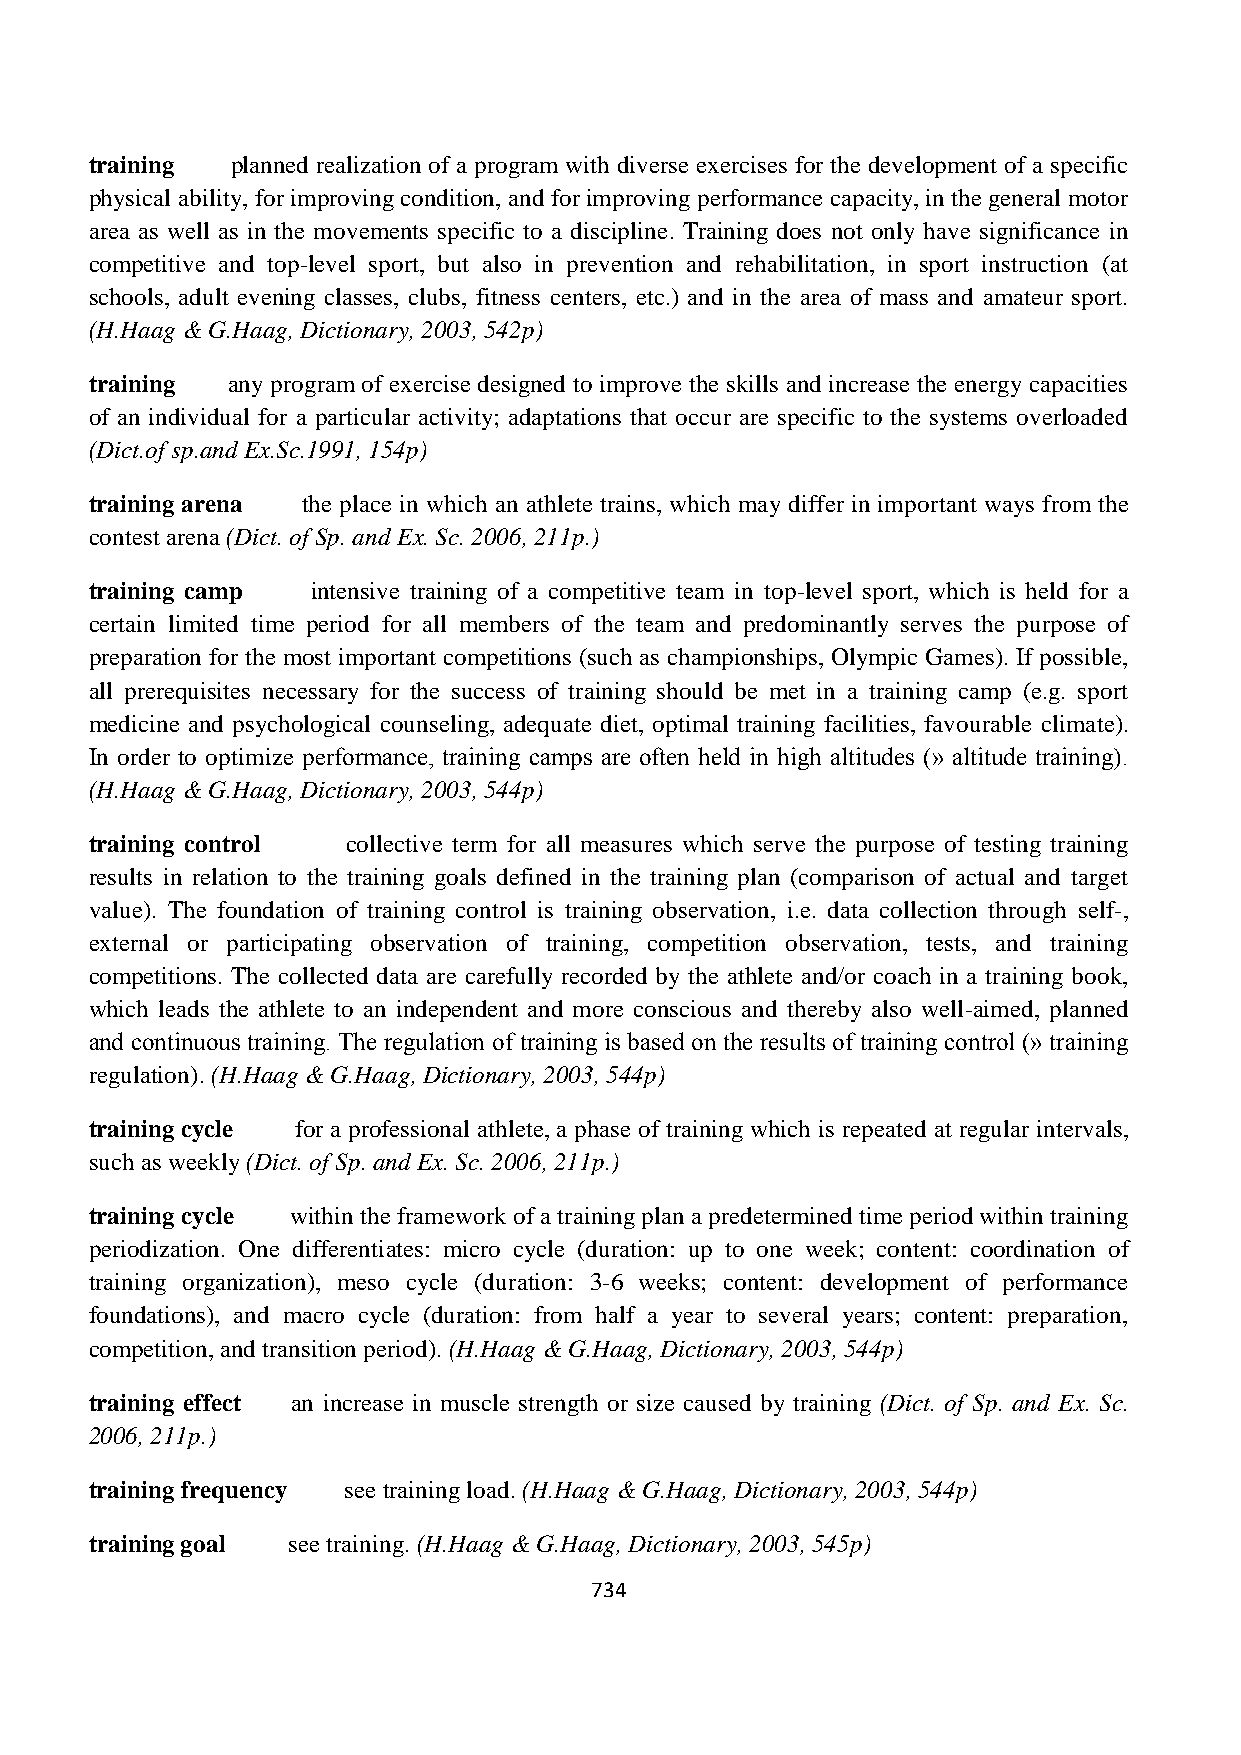
training planned realization of a program with diverse exercises for the development of a specific
 physical ability, for improving condition, and for improving performance capacity, in the general motor
 area as well as in the movements specific to a discipline. Training does not only have significance in
 competitive and top-level sport, but also in prevention and rehabilitation, in sport instruction (at
 schools, adult evening classes, clubs, fitness centers, etc.) and in the area of mass and amateur sport.
 (H.Haag & G.Haag, Dictionary, 2003, 542p)
 training any program of exercise designed to improve the skills and increase the energy capacities
 of an individual for a particular activity; adaptations that occur are specific to the systems overloaded
 (Dict.of sp.and Ex.Sc.1991, 154p)
 training arena the place in which an athlete trains, which may differ in important ways from the
 contest arena (Dict. of Sp. and Ex. Sc. 2006, 211p.)
 training camp  intensive training of a competitive team in top-level sport, which is held for a
 certain limited time period for all members of the team and predominantly serves the purpose of
 preparation for the most important competitions (such as championships, Olympic Games). If possible,
 all prerequisites necessary for the success of training should be met in a training camp (e.g. sport
 medicine and psychological counseling, adequate diet, optimal training facilities, favourable climate).
 In order to optimize performance, training camps are often held in high altitudes (» altitude training).
 (H.Haag & G.Haag, Dictionary, 2003, 544p)
 training control collective term for all measures which serve the purpose of testing training
 results in relation to the training goals defined in the training plan (comparison of actual and target
 value). The foundation of training control is training observation, i.e. data collection through self-,
 external or participating observation of training, competition observation, tests, and training
 competitions. The collected data are carefully recorded by the athlete and/or coach in a training book,
 which leads the athlete to an independent and more conscious and thereby also well-aimed, planned
 and continuous training. The regulation of training is based on the results of training control (» training
 regulation). (H.Haag & G.Haag, Dictionary, 2003, 544p)
 training cycle for a professional athlete, a phase of training which is repeated at regular intervals,
 such as weekly (Dict. of Sp. and Ex. Sc. 2006, 211p.)
 training cycle within the framework of a training plan a predetermined time period within training
 periodization. One differentiates: micro cycle (duration: up to one week; content: coordination of
 training organization), meso cycle (duration: 3-6 weeks; content: development of performance
 foundations), and macro cycle (duration: from half a year to several years; content: preparation,
 competition, and transition period). (H.Haag & G.Haag, Dictionary, 2003, 544p)
 training effect an increase in muscle strength or size caused by training (Dict. of Sp. and Ex. Sc.
 2006, 211p.)
 training frequency see training load. (H.Haag & G.Haag, Dictionary, 2003, 544p)
 training goal see training. (H.Haag & G.Haag, Dictionary, 2003, 545p)
 734